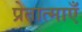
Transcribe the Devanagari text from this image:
प्रेतात्माएँ